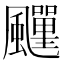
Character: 𩙎